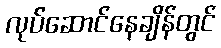
လုပ်ဆောင်နေချိန်တွင်